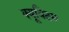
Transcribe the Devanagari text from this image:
क्यूविटस